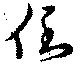
倒